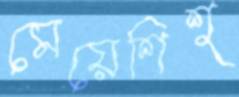
মেয়েশিশু